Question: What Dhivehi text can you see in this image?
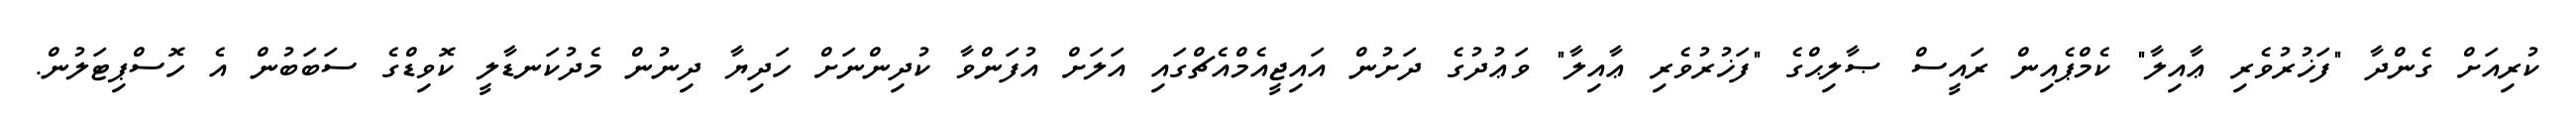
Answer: ކުރިއަށް ގެންދާ "ފަޚުރުވެރި ޢާއިލާ" ކެމްޕެއިން ރައީސް ޞާލިޙްގެ "ފަޚުރުވެރި ޢާއިލާ" ވަޢުދުގެ ދަށުން އައިޖީއެމްއެޗްގައި އަލަށް އުފަންވާ ކުދިންނަށް ހަދިޔާ ދިނުން މެދުކަނޑާލީ ކޮވިޑްގެ ސަބަބުން އެ ހޮސްޕިޓަލުން.